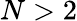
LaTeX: N>2